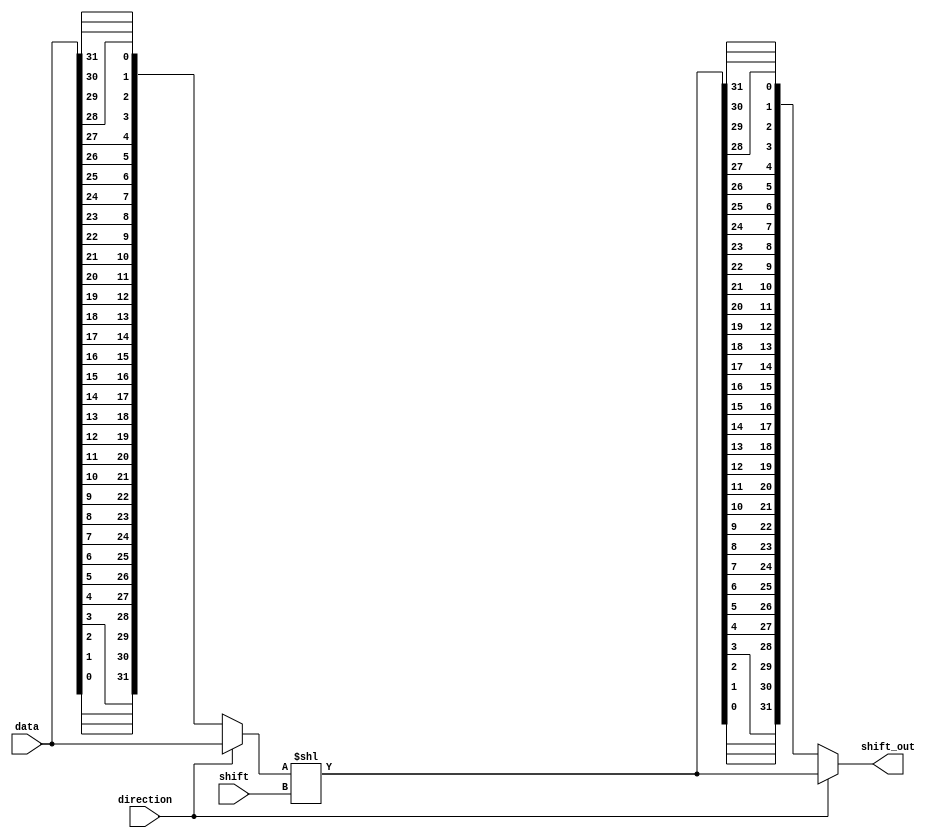
`timescale 1ns / 1ps
//////////////////////////////////////////////////////////////////////////////////
// Company: 
// Engineer: 
// 
// Design Name: 
// Module Name: shifter
// Project Name: 
// Target Devices: 
// Tool Versions: 
// Description: 
// 
// Dependencies: 
// 
// Revision:
// Revision 0.01 - File Created
// Additional Comments:
// 
//////////////////////////////////////////////////////////////////////////////////


module shifter(
    data,
    direction,
    shift,
    shift_out
    );
    
    input   [31:0]  data;
    input           direction;              //if direction = 1 -> left rotate, if direction = 0 -> right rotate
    input   [4:0]   shift;
    output  [31:0]  shift_out;
    
    wire    [31:0]  right_string;
    wire    [31:0]  srl_res;
	wire	[31:0]	sll_res;
	wire	[31:0]	shift_string;
    wire    [31:0]  shift_out;



	assign right_string = {
						data[0],data[1],data[2],data[3],data[4],data[5],data[6],data[7],
						data[8],data[9],data[10],data[11],data[12],data[13],data[14],data[15],
						data[16],data[17],data[18],data[19],data[20],data[21],data[22],data[23],
						data[24],data[25],data[26],data[27],data[28],data[29],data[30],data[31]
						};

 	assign shift_string = direction ? data : right_string; 
	assign sll_res = shift_string << shift;
   	assign srl_res = {
                   sll_res[0],sll_res[1],sll_res[2],sll_res[3],
				   sll_res[4],sll_res[5],sll_res[6],sll_res[7],
                   sll_res[8],sll_res[9],sll_res[10],sll_res[11],
				   sll_res[12],sll_res[13],sll_res[14],sll_res[15],
                   sll_res[16],sll_res[17],sll_res[18],sll_res[19],
				   sll_res[20],sll_res[21],sll_res[22],sll_res[23],
                   sll_res[24],sll_res[25],sll_res[26],sll_res[27],
				   sll_res[28],sll_res[29],sll_res[30],sll_res[31]
                   };

	assign shift_out = direction ? sll_res : srl_res;
   

endmodule